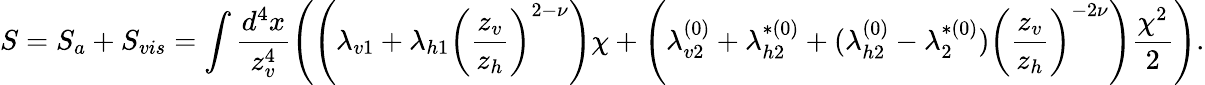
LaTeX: S=S_{a}+S_{vis}=\int\frac{d^{4}x}{z_{v}^{4}}\left(\left(\lambda_{v1}+\lambda_{h1}\left(\frac{z_{v}}{z_{h}}\right)^{2-\nu}\right)\chi+\left(\lambda_{v2}^{(0)}+\lambda_{h2}^{*(0)}+(\lambda_{h2}^{(0)}-\lambda_{2}^{*(0)})\left(\frac{z_{v}}{z_{h}}\right)^{-2\nu}\right)\frac{\chi^{2}}{2}\right).